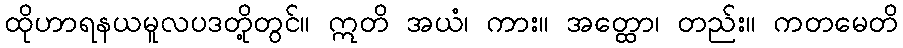
ထိုဟာရနယမူလပဒတို့တွင်။ ဣတိ အယံ၊ ကား။ အတ္ထော၊ တည်း။ ကတမေတိ